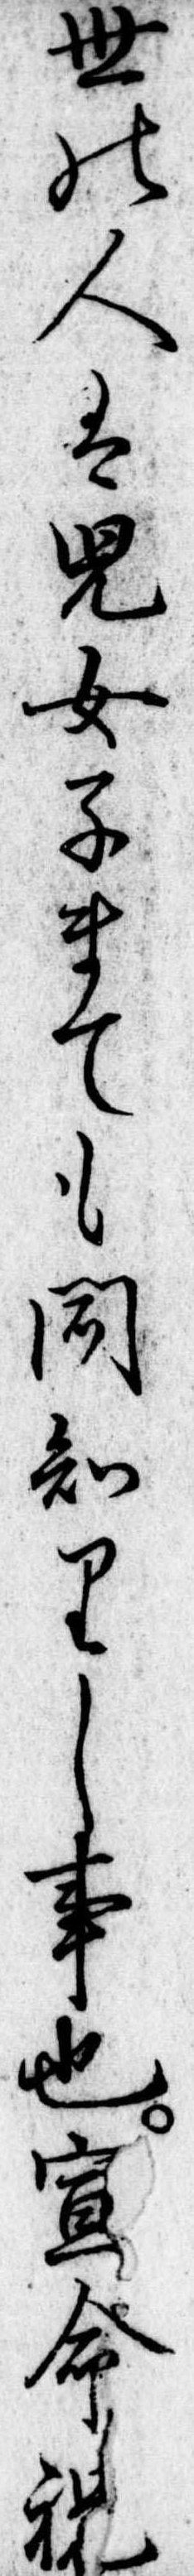
世の人は児女子まても聞知りし事也宣命祝